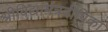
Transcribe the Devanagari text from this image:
श्रीविद्यामंत्रदीपिका